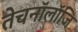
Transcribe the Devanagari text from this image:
तेचनॉलॉजि